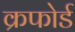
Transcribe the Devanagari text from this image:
क्रफोर्ड